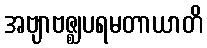
အဗျာဗဇ္ဈပရမတာယာတိ